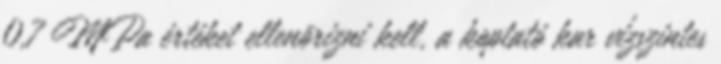
0,7 MPa értéket ellenõrizni kell, a koptató kar vízszintes